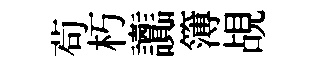
茍朽讟簿覘